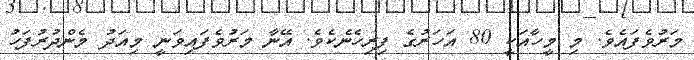
މަރުވެފައެވެ. މި މީހާއަކީ 80 އަހަރުގެ ފިރިހެނެކެވެ. އޭނާ މަރުވެފައިވަނީ މިއަދު މެންދުރުފަހު